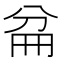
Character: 𠔕